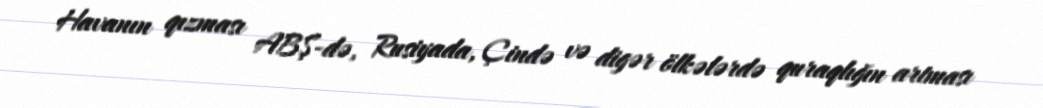
Havanın qızması ABŞ-də, Rusiyada, Çində və digər ölkələrdə quraqlığın artması